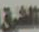
الشرق